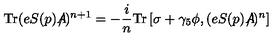
\mathrm { T r } ( e S ( p ) A \! \! \! \! \slash ) ^ { n + 1 } = - { \frac { i } { n } } \mathrm { T r } \left[ \sigma + \gamma _ { 5 } \phi , ( e S ( p ) A \! \! \! \! \slash ) ^ { n } \right]